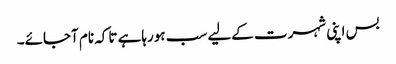
بس اپنی شہرت کےلیے سب ہورہاہے تاکہ نام آجائے۔